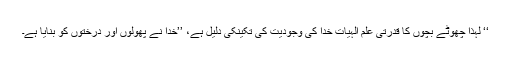
‘‘ لہٰذا چھوٹے بچوں کا قدرتی علم الہٰیات خُدا کی وجودیت کی تکینکی دلیل ہے، ’’خُدا نے پھولوں اور درختوں کو بنایا ہے۔